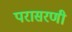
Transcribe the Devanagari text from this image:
परासरणी